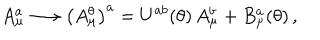
A _ { \mu } ^ { a } \longrightarrow \bigl ( A _ { \mu } ^ { \theta } \bigr ) ^ { a } = U ^ { a b } ( \theta ) \, A _ { \mu } ^ { b } + B _ { \mu } ^ { a } ( \theta ) \, ,